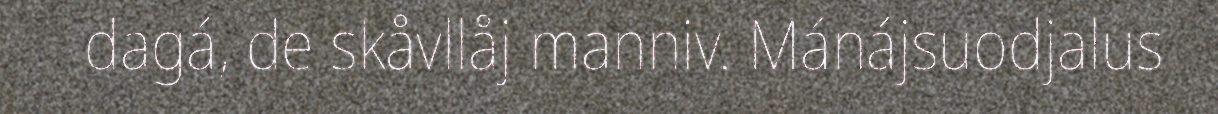
dagá, de skåvllåj manniv. Mánájsuodjalus